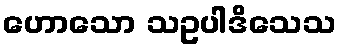
ဟောသော သဥပါဒိသေသ